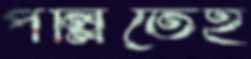
পল্লিতেই